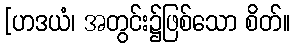
[ဟဒယံ၊ အတွင်း၌ဖြစ်သော စိတ်။